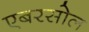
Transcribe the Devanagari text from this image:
एबरसोल